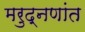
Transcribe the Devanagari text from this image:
मरुद्नणांत